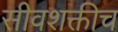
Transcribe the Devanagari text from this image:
सीवशक्तीच